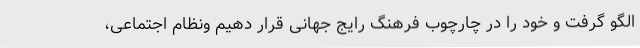
الگو گرفت و خود را در چارچوب فرهنگ رایج جهانی قرار دهیم ونظام اجتماعی،